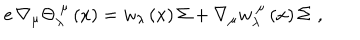
LaTeX: e \, \nabla _ { \mu } \Theta _ { \lambda } ^ { ~ \mu } \left( x \right) = w _ { \lambda } \left( x \right) \Sigma + \nabla _ { \mu } w _ { \lambda } ^ { ~ \mu } \left( x \right) \Sigma \, \, ,